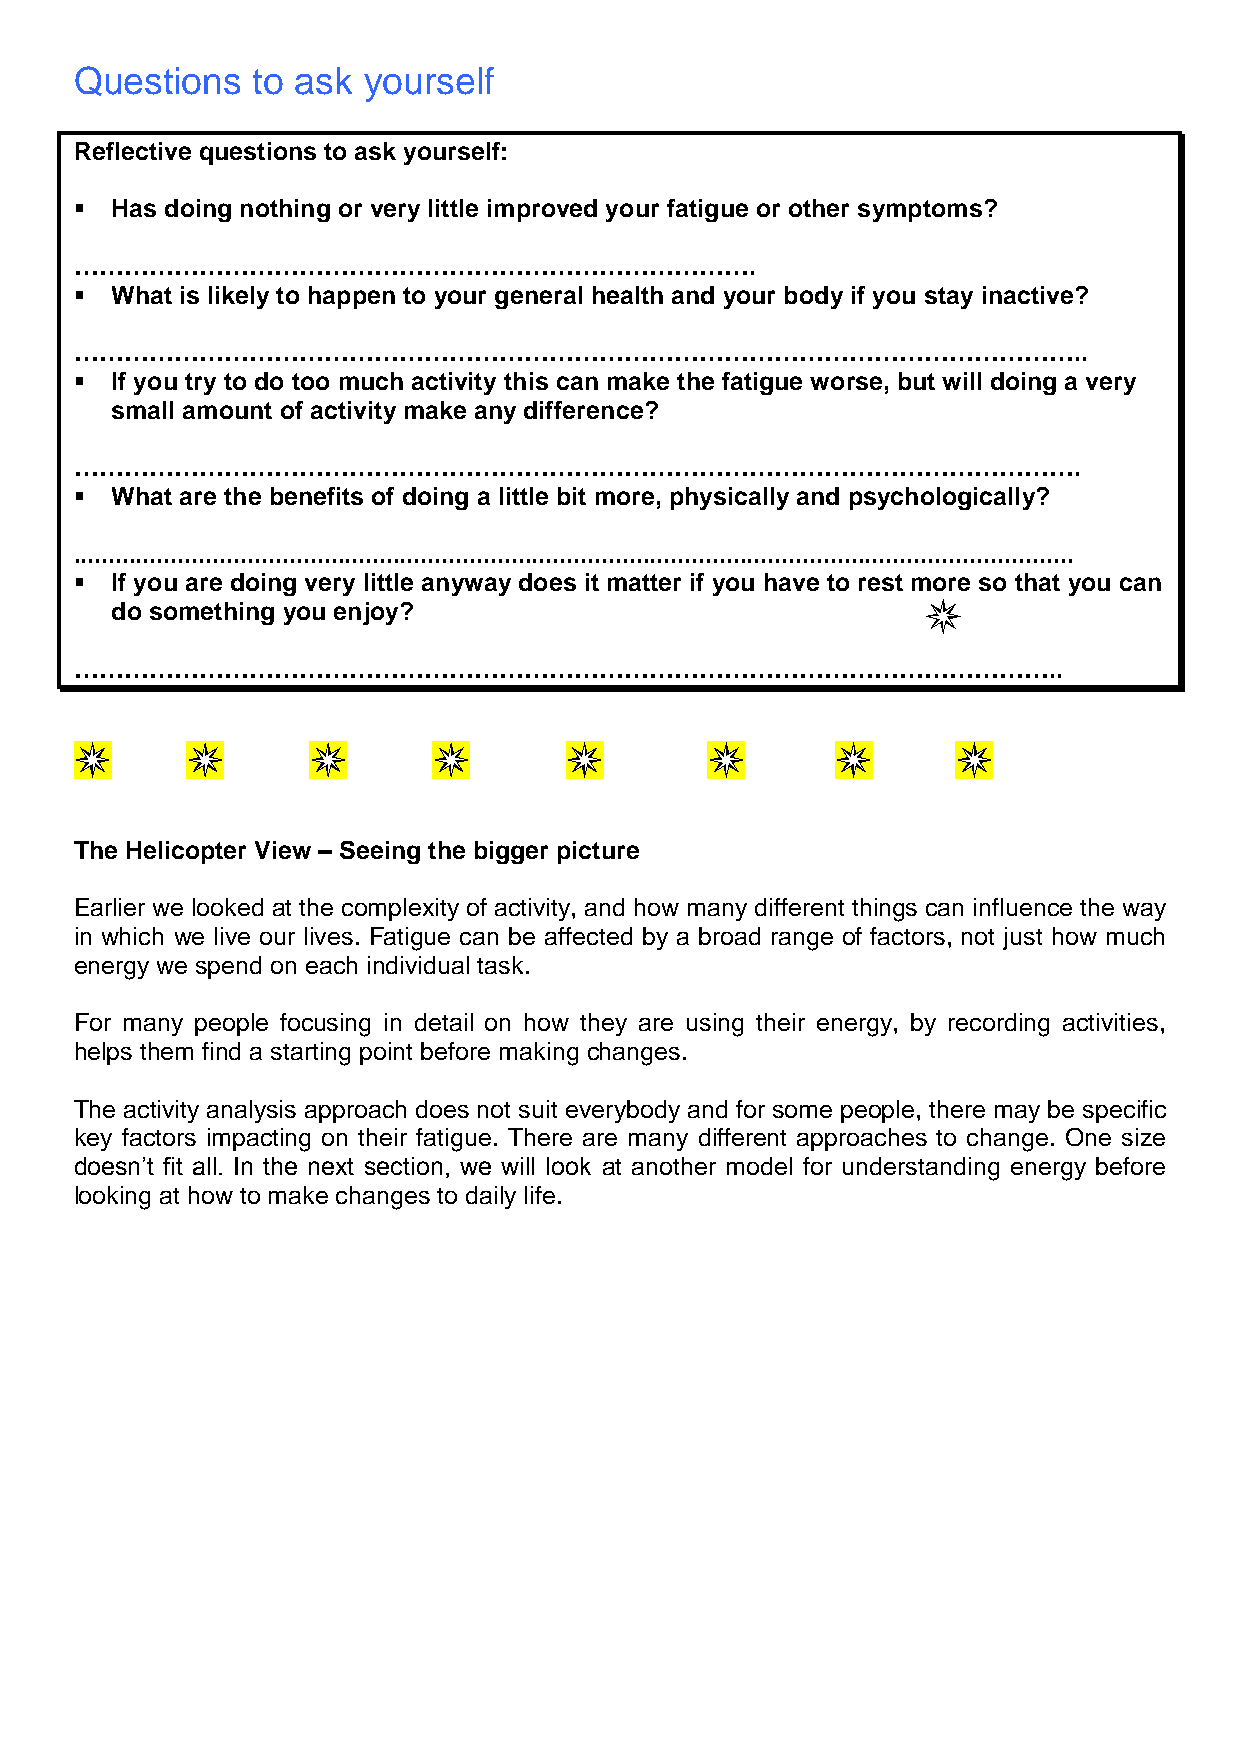
Questions   to ask yourself
 Reflective questions to ask yourself:
  Has doing nothing or very little improved your fatigue or other symptoms?
 ……………………………………………………………………….
  What is likely to happen to your general health and your body if you stay inactive?
 …………………………………………………………………………………………………………..
  If you try to do too much activity this can make the fatigue worse, but will doing a very
 small amount of activity make any difference?
 ………………………………………………………………………………………………………….
  What are the benefits of doing a little bit more, physically and psychologically?
 ................................................................................................................................................
  If you are doing very little anyway does it matter if you have to rest more so that you can
 do something you enjoy?
 ………………………………………………………………………………………………………..
 The Helicopter View – Seeing the bigger picture
 Earlier we looked at the complexity of activity, and how many different things can influence the way
 in which we live our lives. Fatigue can be affected by a broad range of factors, not just how much
 energy we spend on each individual task.
 For many people focusing in detail on how they are using their energy, by recording activities,
 helps them find a starting point before making changes.
 The activity analysis approach does not suit everybody and for some people, there may be specific
 key factors impacting on their fatigue. There are many different approaches to change. One size
 doesn’t fit all. In the next section, we will look at another model for understanding energy before
 looking at how to make changes to daily life.